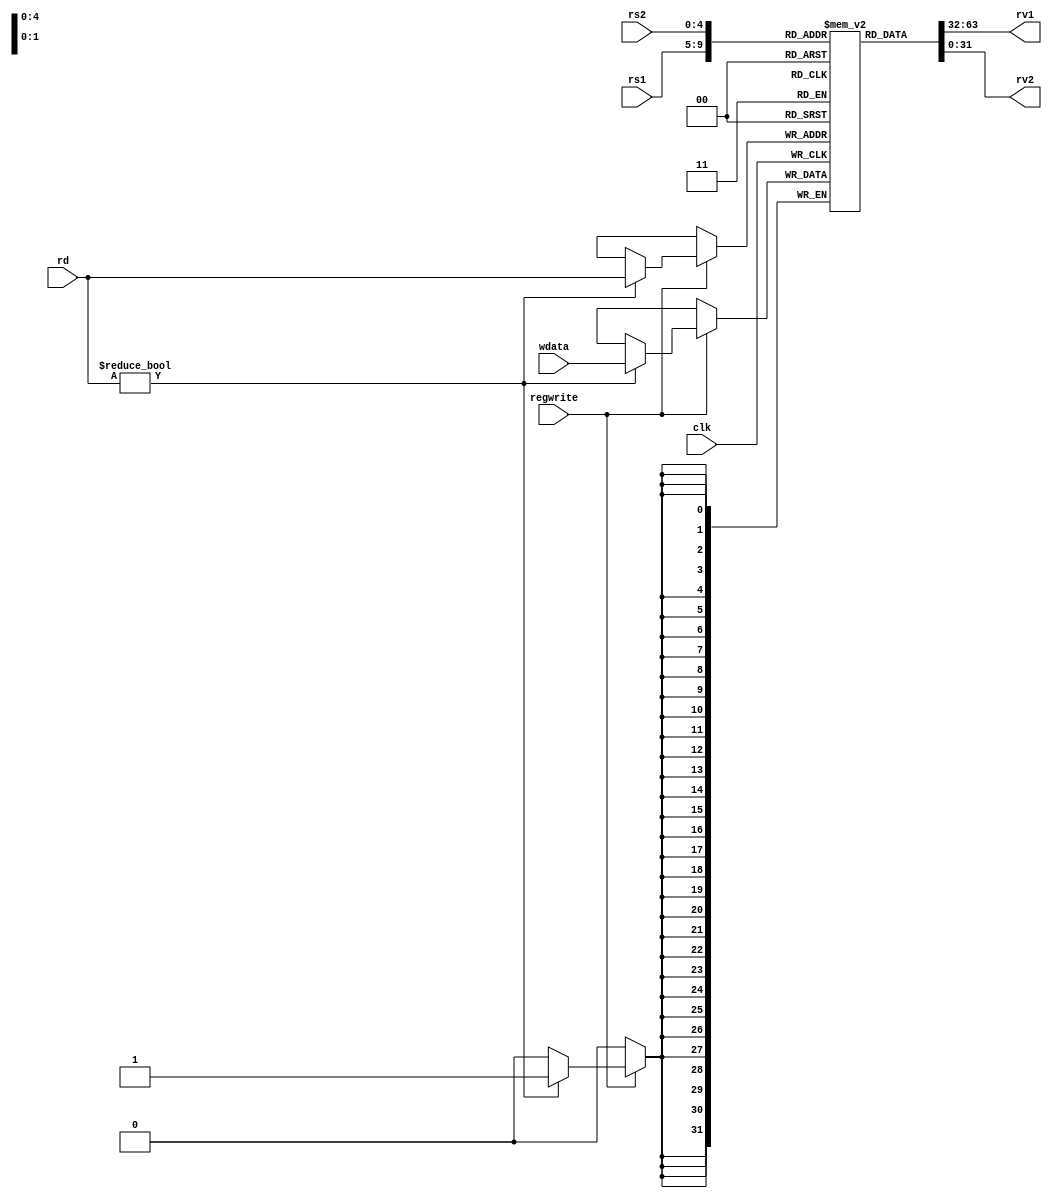
module registers(
    input [4:0] rs1,
    input [4:0] rs2,
    input [4:0] rd,
    input [31:0] wdata,
    input regwrite,
    input clk,
    output [31:0] rv1,
    output [31:0] rv2
    );
    
    //making 32 32-bit registers
    reg [31:0] register[31:0];
    
    
    //initialising registers to 0
    integer i;
    initial begin
        for (i=0;i<32;i=i+1)
            register[i] = 32'b0;
    end
    
    //synchronous change if write enable is 1
    always @ (posedge clk) begin
        //$monitor("x2 = %d:",register[5'd2] );
        if (regwrite == 1'b1) begin
            if (rd != 5'b0) begin //reg 0 should always be 0
                register[rd] <= wdata;
            end
        end
    end
    
    //assigning outputs
    assign rv1 = register[rs1];
    assign rv2 = register[rs2];
        
endmodule